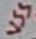
Text: VSS